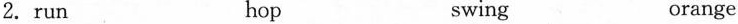
2.run hop swing orange